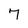
Character: 7